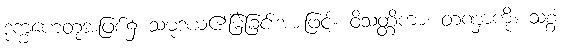
ဒုက္ခဟေတုအဖြစ်၌ သမုဒယ၏မြဲခြင်းအားဖြင့်။ ဝိသတ္တိကာ၊ တဏှာကို။ သစ္စံ